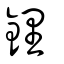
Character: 鋰